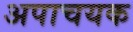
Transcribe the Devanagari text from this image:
अपाचयक